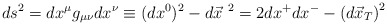
\begin{align*}ds^2=dx^\mu g_{\mu\nu} dx^\nu\equiv (dx^0)^2-{d\vec x}^{~2}=2dx^+ dx^--\left( d\vec x_T\right)^2\end{align*}